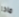
ماذا